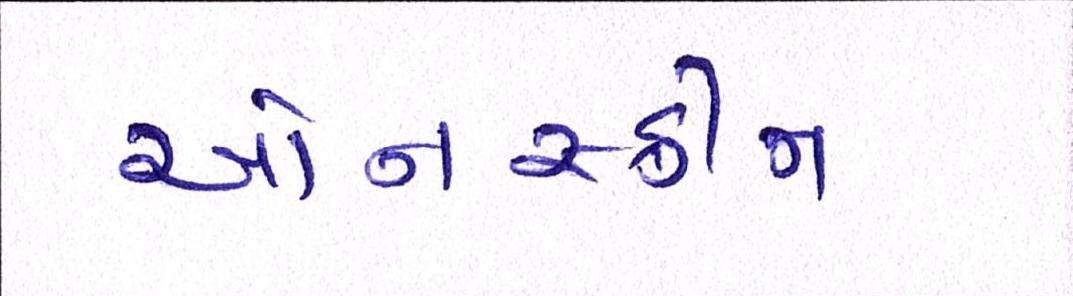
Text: ઓનસ્ક્રીન